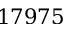
1 7 9 7 5